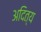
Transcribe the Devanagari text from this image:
अदित्य